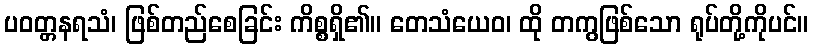
ပဝတ္တနရသံ၊ ဖြစ်တည်စေခြင်း ကိစ္စရှိ၏။ တေသံယေဝ၊ ထို တကွဖြစ်သော ရုပ်တို့ကိုပင်။